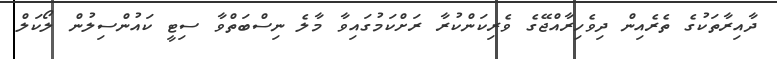
ދާއިރާތަކުގެ ތެރެއިން ދިވެހިރާއްޖޭގެ ވެރިކަންކުރާ ރަށްކަމުގައިވާ މާލެ ނިސްބަތްވާ ސިޓީ ކައުންސިލުން ލޯކަލް